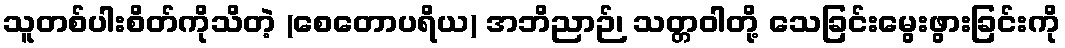
သူတစ်ပါးစိတ်ကိုသိတဲ့ (စေတောပရိယ) အဘိညာဉ်၊ သတ္တဝါတို့ သေခြင်းမွေးဖွားခြင်းကို